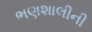
ભણશાલીની